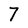
Character: 7